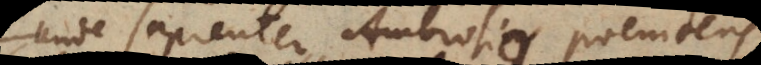
Unde sapienter Ambrosio poenitens